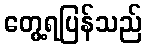
တွေ့ရပြန်သည်